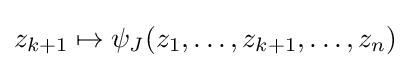
z_{k+1}\mapsto \psi _{J}(z_{1},\dots ,z_{k+1},\dots ,z_{n})